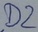
Text: D2